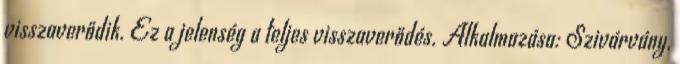
visszaverődik. Ez a jelenség a teljes visszaverődés. Alkalmazása: Szivárvány,